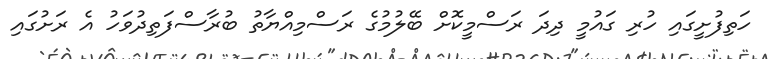
ހަތިފުށީގައި ހުރި ގައުމީ ދިދަ ރަސްމީކޮށް ބޭލުމުގެ ރަސްމިއްޔާތު ބުރާސްފަތިދުވަހު އެ ރަށުގައި